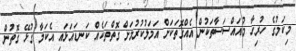
މިކަމުގެ ހުރިހާ މުއައްސަސާތަކުން އެއްގޮތަކަށް އަމަލުކުރުމަށް ގޮތްތަކެއް ކަނޑައަޅައި އެކަމާ ގުޅޭ ގޮތުން